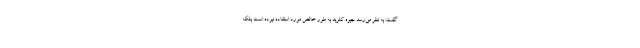
گفت: به نظر می‌رسد جیوه کلرید به طور خالص مورد استفاده نبوده است بلکه